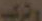
وتركيب